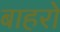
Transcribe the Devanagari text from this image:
बाहरो